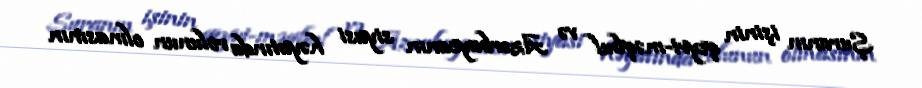
Şuranın işinin qeyri-məqbul və Azərbaycanın siyasi həyatında rolunun olmasının